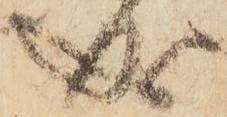
成